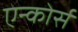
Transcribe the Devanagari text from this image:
एन्कोर्स